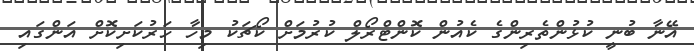
އޭނާ ބުނީ ކުޅުންތެރިންގެ ކެއުން ކޮންޓްރޯލް ކުރުމަށް ކޯޗަކު މިހާ ހަރުކަށިކޮށް އަންގައި